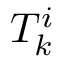
T _ { k } ^ { i }